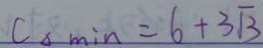
C \Delta \min = 6 + 3 \sqrt { 3 }